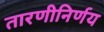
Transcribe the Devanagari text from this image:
तारणीनिर्णय